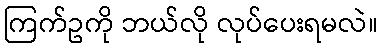
ကြက်ဥကို ဘယ်လို လုပ်ပေးရမလဲ။